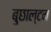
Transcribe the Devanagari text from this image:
बुछाल्टन